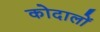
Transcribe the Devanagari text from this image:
कोदालों